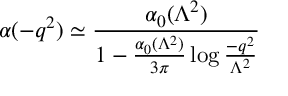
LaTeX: \alpha ( - q ^ { 2 } ) \simeq { \frac { \alpha _ { 0 } ( \Lambda ^ { 2 } ) } { 1 - { \frac { \alpha _ { 0 } ( \Lambda ^ { 2 } ) } { 3 \pi } } \log { \frac { - q ^ { 2 } } { \Lambda ^ { 2 } } } } }